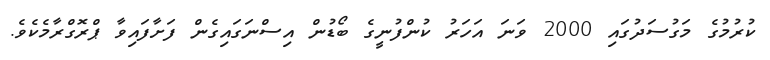
ކުރުމުގެ މަގުސަދުގައި 2000 ވަނަ އަހަރު ކުންފުނީގެ ބޯޑުން އިސްނަގައިގެން ފަށާފައިވާ ޕްރޮގްރާމެކެވެ.